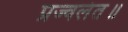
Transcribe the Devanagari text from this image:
प्रज्वलंत॥